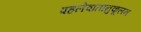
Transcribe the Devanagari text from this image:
पहलेवातानुकूलन